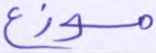
موزع